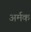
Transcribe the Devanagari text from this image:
अर्मक